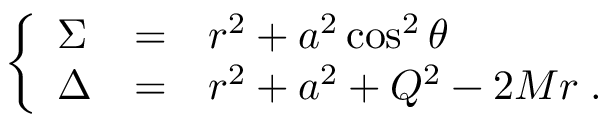
\left\{ \begin{array} { l c l } { { \Sigma } } & { { = } } & { { r ^ { 2 } + a ^ { 2 } \cos ^ { 2 } \theta } } \\ { { \Delta } } & { { = } } & { { r ^ { 2 } + a ^ { 2 } + Q ^ { 2 } - 2 M r \; . } } \end{array} \right.